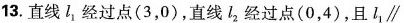
13.直线l_{1}，经过点(3，0)，直线l_{2}经过点(0，4)，且$$l _ { 1 } \parallel ，